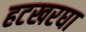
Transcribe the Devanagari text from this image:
हटखरघा